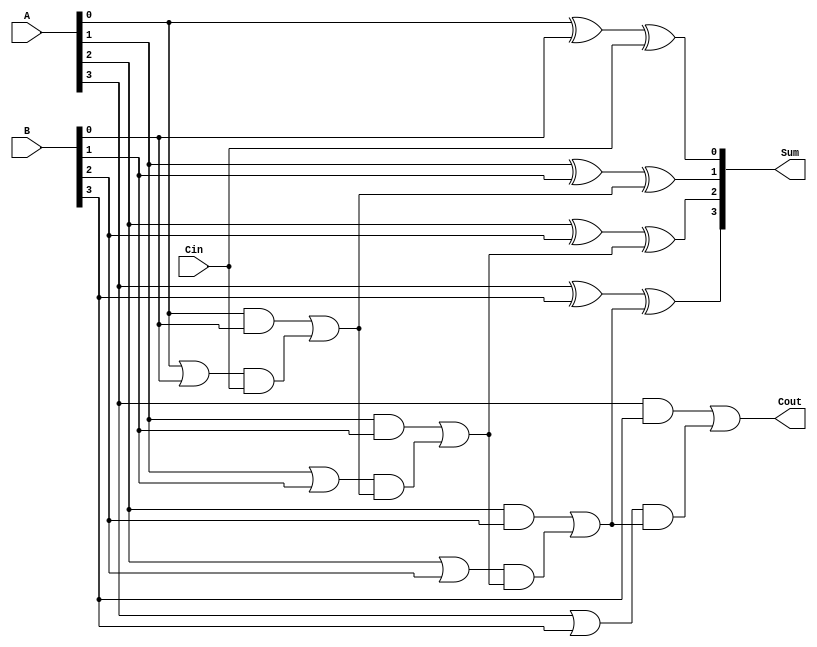
module CILA #(parameter N = 4) (
    input  wire [N-1:0] A,        // First n-bit input
    input  wire [N-1:0] B,        // Second n-bit input
    input  wire Cin,              // Carry In
    output wire [N-1:0] Sum,      // n-bit Sum output
    output wire Cout              // Carry Out
);

    // Generate and Propagate signals
    wire [N-1:0] G;               // Generate signals
    wire [N-1:0] P;               // Propagate signals
    wire [N:0] C;                 // Carry signals
    
    // Generate and Propagate calculations
    genvar i;
    generate
        for (i = 0; i < N; i = i + 1) begin : generate_logic
            assign G[i] = A[i] & B[i];         // G_i = A_i * B_i
            assign P[i] = A[i] | B[i];         // P_i = A_i + B_i
        end
    endgenerate

    // Carry calculation
    assign C[0] = Cin;                           // C_0 = Cin
    generate
        for (i = 1; i <= N; i = i + 1) begin : carry_logic
            assign C[i] = G[i-1] | (P[i-1] & C[i-1]); // C_i = G_{i-1} + (P_{i-1} * C_{i-1})
        end
    endgenerate

    // Sum calculation
    generate
        for (i = 0; i < N; i = i + 1) begin : sum_logic
            assign Sum[i] = A[i] ^ B[i] ^ C[i]; // S_i = A_i ^ B_i ^ C_i
        end
    endgenerate

    // Final Carry Out
    assign Cout = C[N];                        // Cout = C_n

endmodule